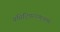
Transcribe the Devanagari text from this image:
प्रसिद्धिपराङ्‌मुखपणे